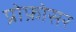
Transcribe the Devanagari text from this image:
प्रोफ़ोसर